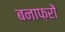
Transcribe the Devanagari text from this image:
बनाफ़रों